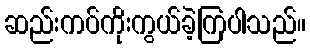
ဆည်းကပ်ကိုးကွယ်ခဲ့ကြပါသည်။